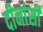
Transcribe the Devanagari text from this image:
दीनांसी